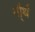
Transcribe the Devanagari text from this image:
नौ्र्थ